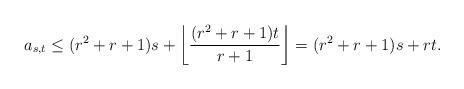
LaTeX: \begin{align*}a_{s,t}\le(r^2+r+1)s+\left\lfloor\frac{(r^2+r+1)t}{r+1}\right\rfloor=(r^2+r+1)s+rt.\end{align*}